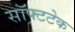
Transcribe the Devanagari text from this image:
सॉफ्टटेक